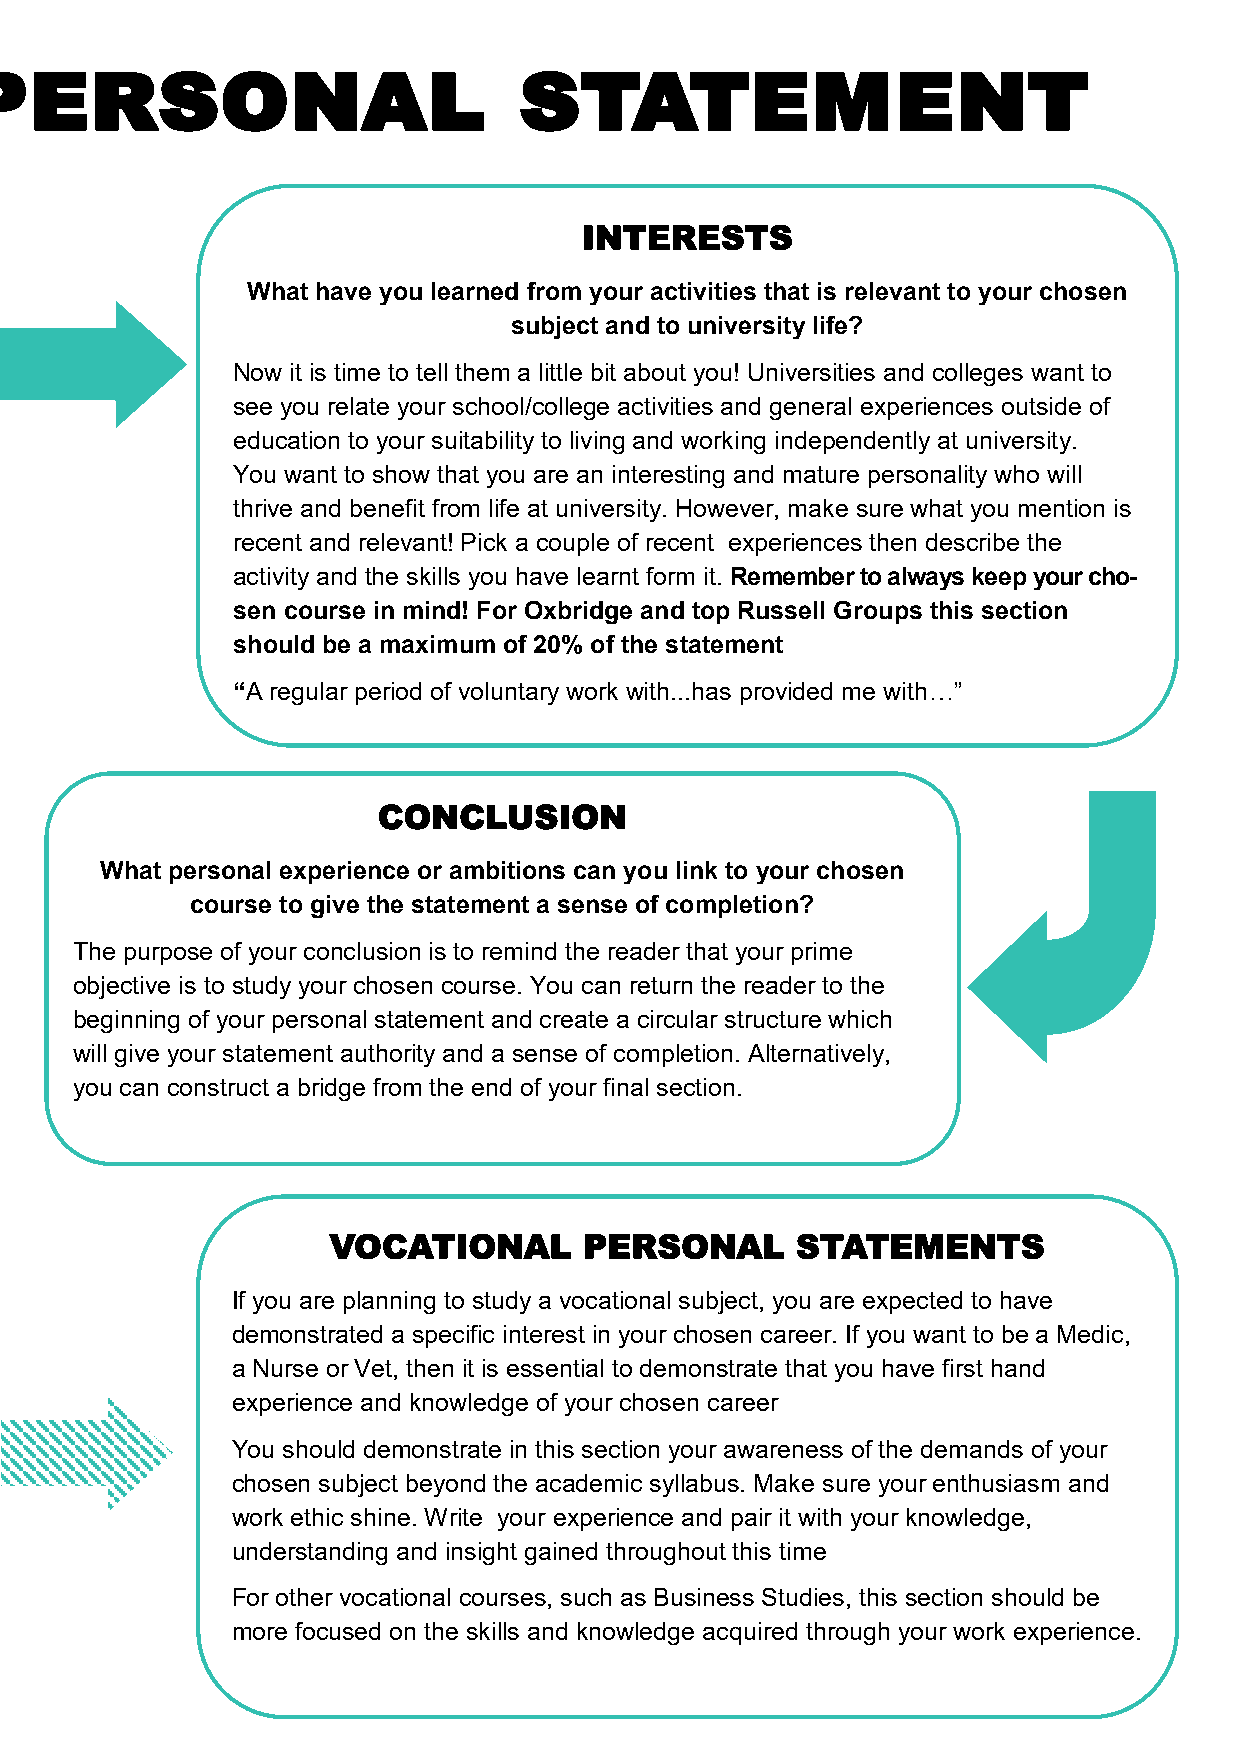
Structuring your personal         statement
 INTERESTS
 What have you learned from your activities that is relevant to your chosen
 subject and to university life?
 Now it is time to tell them a little bit about you! Universities and colleges want to
 see you relate your school/college activities and general experiences outside of
 education to your suitability to living and working independently at university.
 You want to show that you are an interesting and mature personality who will
 thrive and benefit from life at university. However, make sure what you mention is
 recent and relevant! Pick a couple of recent experiences then describe the
 activity and the skills you have learnt form it. Remember to always keep your cho-
 sen course in mind! For Oxbridge and top Russell Groups this section
 should be a maximum of 20% of the statement
 “A regular period of voluntary work with...has provided me with…”
 CONCLUSION
 What personal experience or ambitions can you link to your chosen
 course to give the statement a sense of completion?
 The purpose of your conclusion is to remind the reader that your prime
 objective is to study your chosen course. You can return the reader to the
 beginning of your personal statement and create a circular structure which
 will give your statement authority and a sense of completion. Alternatively,
 you can construct a bridge from the end of your final section.
 VOCATIONAL       PERSONAL      STATEMENTS
 If you are planning to study a vocational subject, you are expected to have
 demonstrated a specific interest in your chosen career. If you want to be a Medic,
 a Nurse or Vet, then it is essential to demonstrate that you have first hand
 experience and knowledge of your chosen career
 You should demonstrate in this section your awareness of the demands of your
 chosen subject beyond the academic syllabus. Make sure your enthusiasm and
 work ethic shine. Write your experience and pair it with your knowledge,
 understanding and insight gained throughout this time
 For other vocational courses, such as Business Studies, this section should be
 more focused on the skills and knowledge acquired through your work experience.